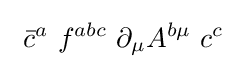
\ {\bar {c}}^{a}\ f^{abc}\ \partial _{\mu }A^{b\mu }\ c^{c}~